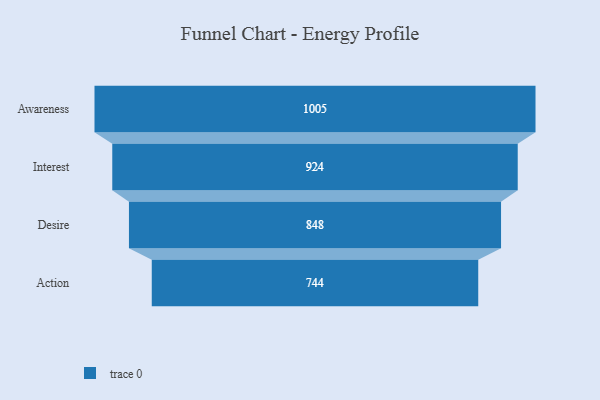
{"axis": {"x": "Stage", "y": "Value"}, "legend": [""], "data": [{"x": "Awareness", "y": 1005.0, "type": ""}, {"x": "Interest", "y": 924.0, "type": ""}, {"x": "Desire", "y": 848.0, "type": ""}, {"x": "Action", "y": 744.0, "type": ""}]}